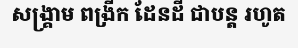
សង្គ្រាម ពង្រីក ដែនដី ជាបន្ត រហូត